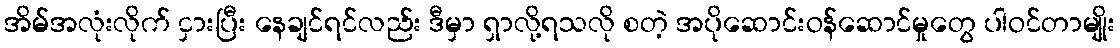
အိမ်အလုံးလိုက် ငှားပြီး နေချင်ရင်လည်း ဒီမှာ ရှာလို့ရသလို စတဲ့ အပိုဆောင်းဝန်ဆောင်မှုတွေ ပါဝင်တာမျိုး